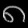
Digit: ၈